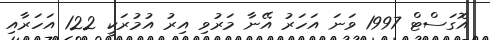
އޮގަސްޓް 1997 ވަނަ އަހަރު އޭނާ މަރުވި އިރު އުމުރަކީ 122 އަހަރާއި